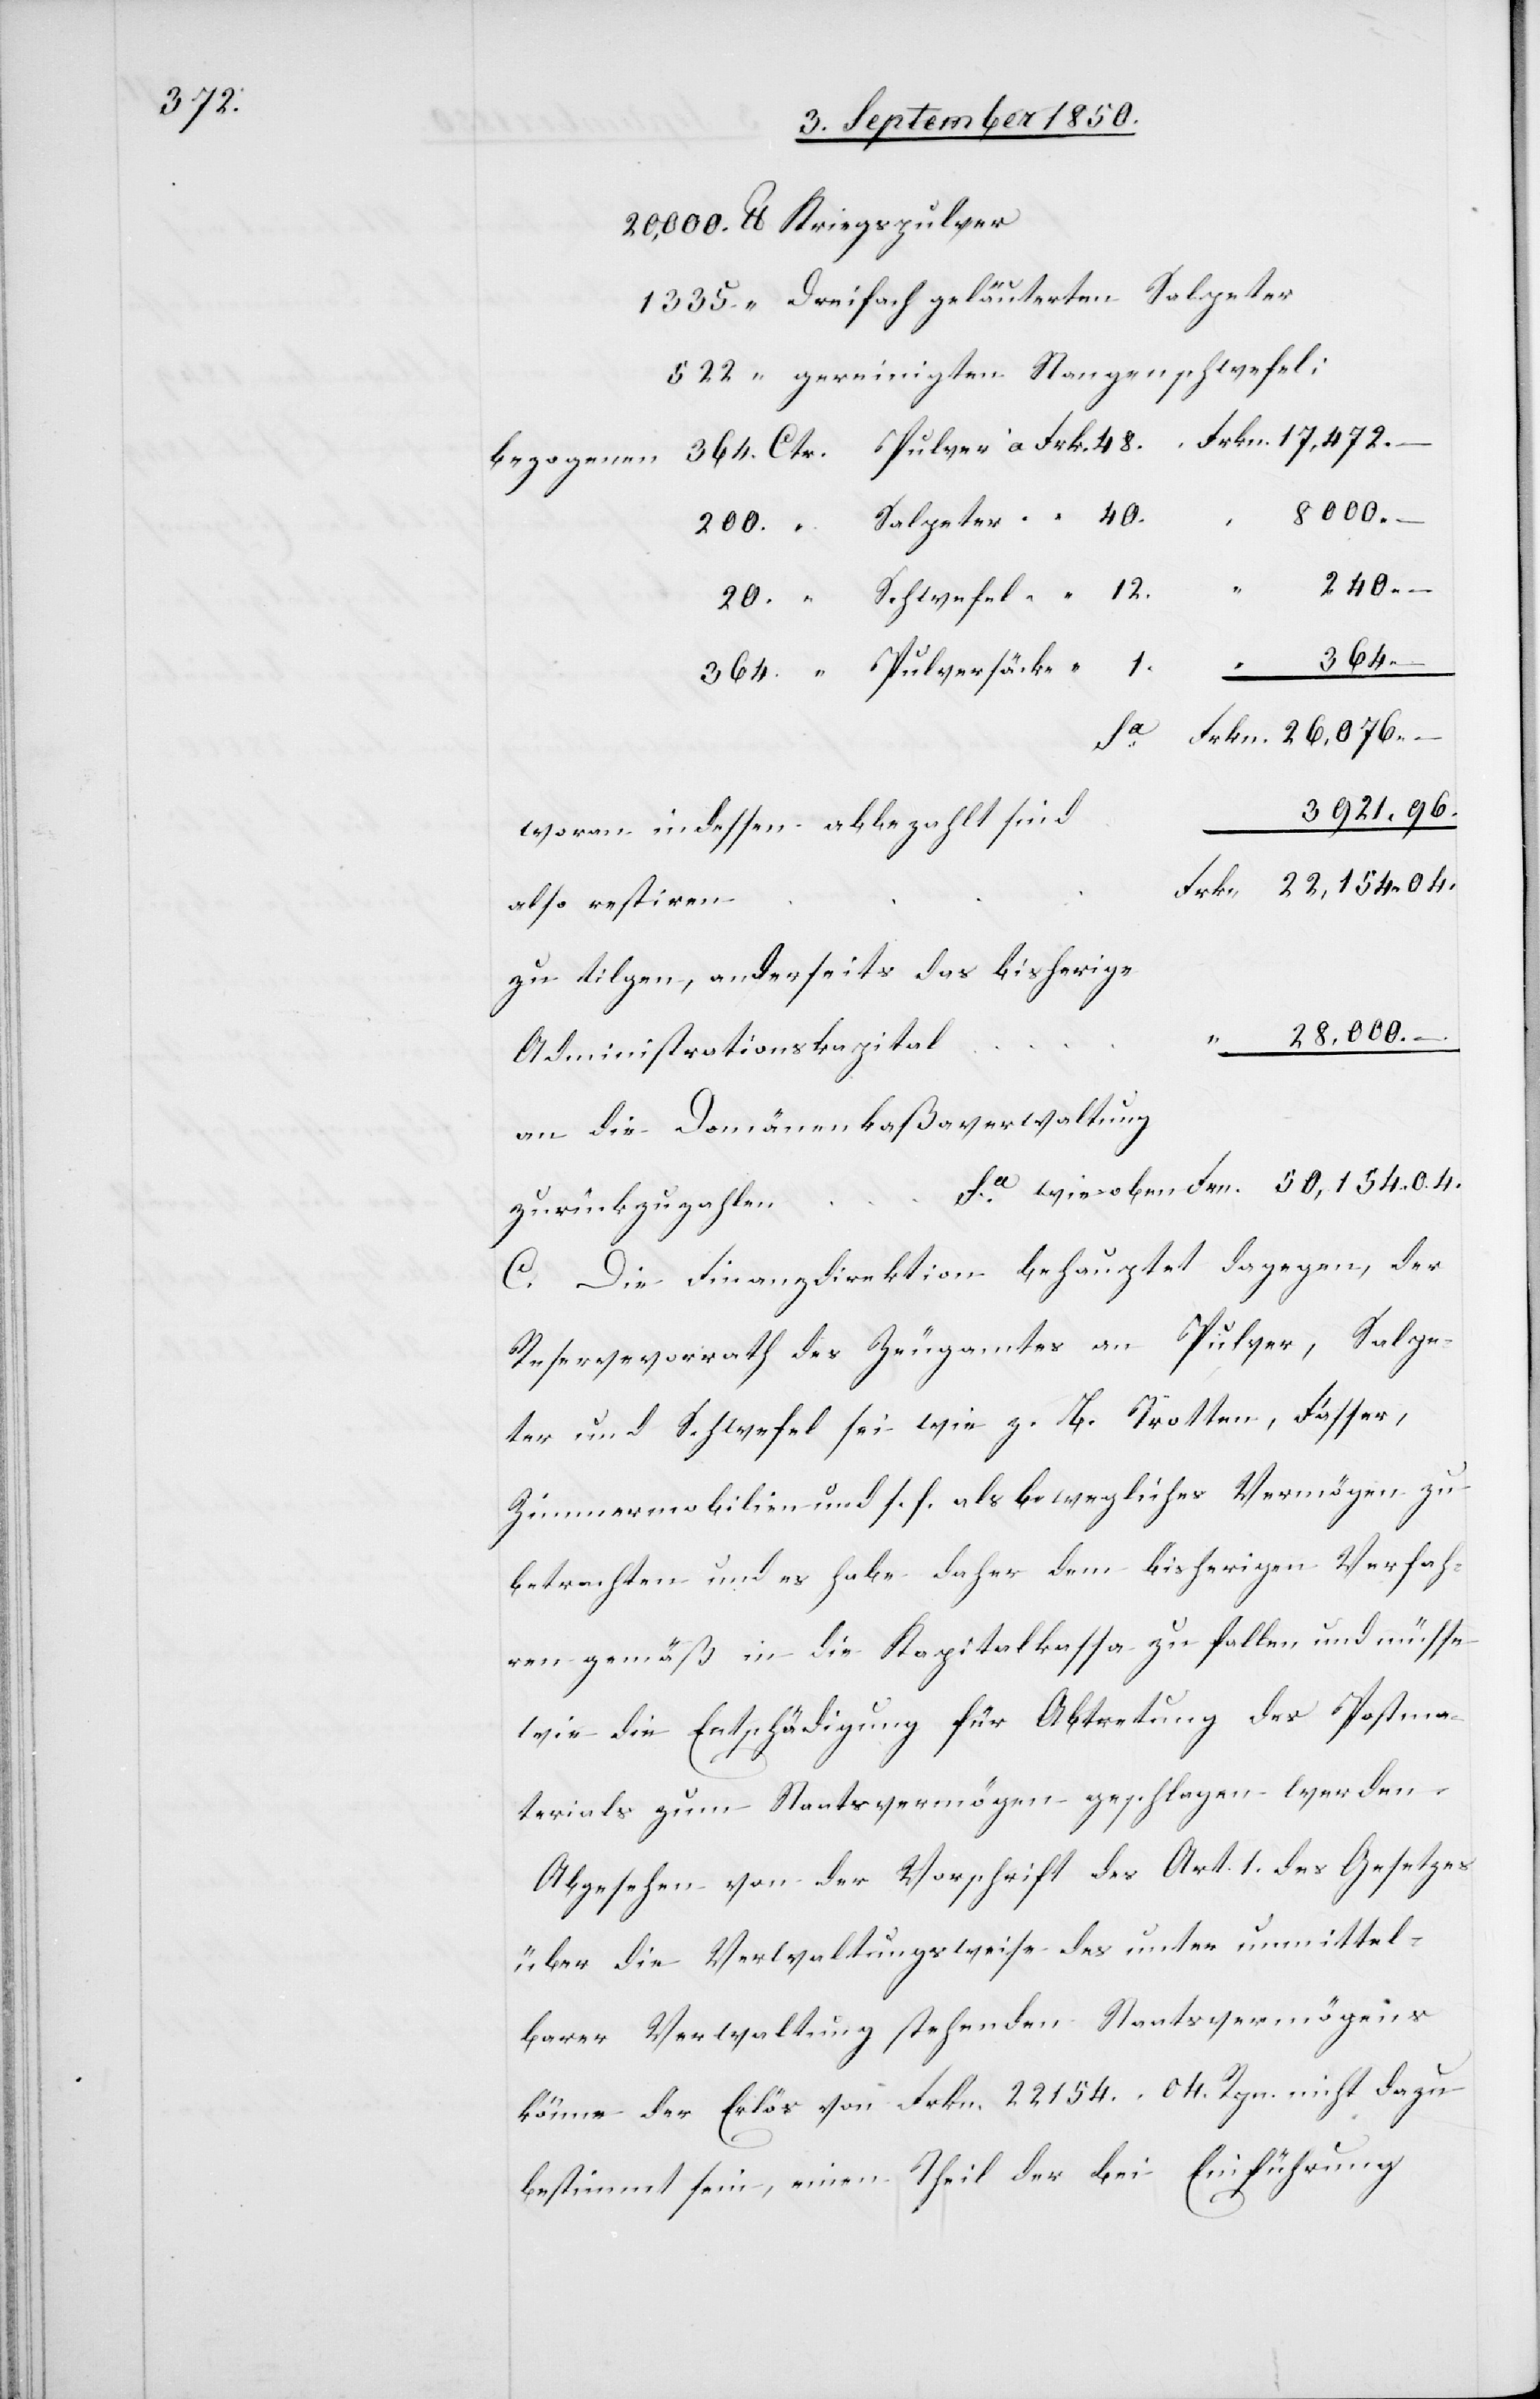
17,472.

Dreifach geläuterten Salpeter
gereinigten Stangenschwefel:
bezogenen
28,000.
oben
04.
240.
364.
–
woran indessen abbezahlt sind
also restiren
zu tilgen, anderseits das bisherige
Administrationskapital
an die Domänenkaßaverwaltung
zurückzuzahlen
C. Die Finanzdirektion behauptet dagegen, der
Reservevorrath des Zeugamtes an Pulver, Salpe¬
ter und Schwefel sei wie z. B. Trotten, Fässer,
Zimmermobilien und s. f. als bewegliches Vermögen zu
betrachten und es habe daher dem bisherigen Verfah¬
ren gemäß in die Kapitalkassa zu fallen und müsse
wie die Entschädigung für Abtretung des Postma¬
terials zum Staatsvermögen geschlagen werden.
Abgesehen von der Vorschrift des Art. 1. des Gesetzes
über die Verwaltungsweise des unter unmittel¬
barer Verwaltung stehenden Staatsvermögens
könne der Erlös von Frkn. 22 154. 04. Rpn. nicht dazu
bestimmt sein, einen Theil der bei Einführung